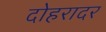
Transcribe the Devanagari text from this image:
दोहरादर